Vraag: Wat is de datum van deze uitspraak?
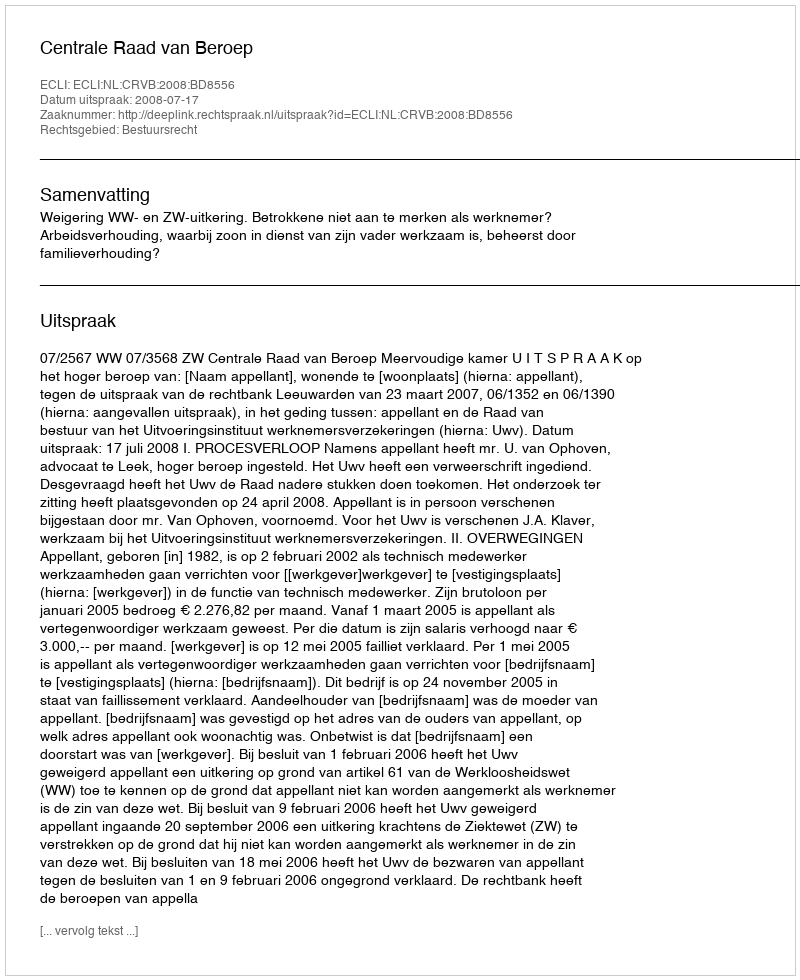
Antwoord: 2008-07-17